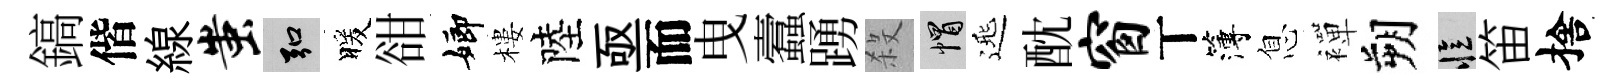
鎬偕線蚩弘暖𧮳嫏樓陸亟而曳蠧踴殺帽𨓱酖窗丅簿息襌朔忆笛捨